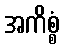
အကိစ္စံ